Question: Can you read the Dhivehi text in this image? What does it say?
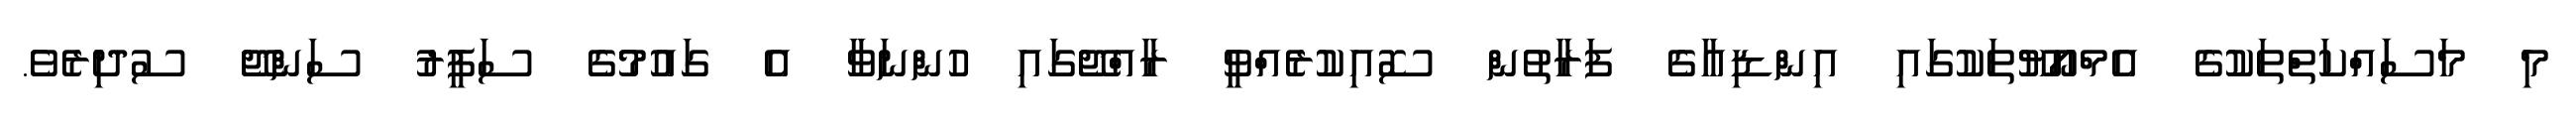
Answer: މި މަސަައްކަތްތަކުގެ އެމްއޯޔޫތަކުގައި އިންޑިއާގެ ފަރާތުން ސޮއިކުރެއްވީ ރާއްޖޭގައި ހުންނަވާ އެ ގައުމުގެ ސަފީރު ސަންޖޭ ސުދިރެވެ.